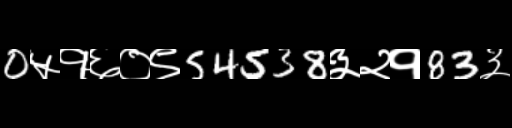
Text: 0५१६०९54538३२१83३